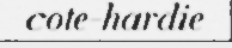
cote-hardie